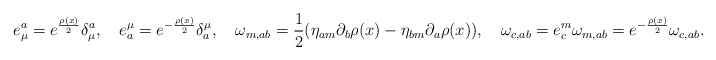
\begin{align*}e_\mu^a = e^{\frac{\rho(x)}{2}} \delta^a_\mu, \quad e_a^\mu = e^{- \frac{\rho(x)}{2}} \delta^\mu_a,\quad \omega_{m, ab}= \frac{1}{2} (\eta_{a m} \partial_b \rho(x)- \eta_{b m} \partial_a \rho(x)), \quad \omega_{c, ab} = e^m_c\omega_{m, ab} = e^{-\frac{\rho(x)}{2}} \omega_{c, ab}.\end{align*}